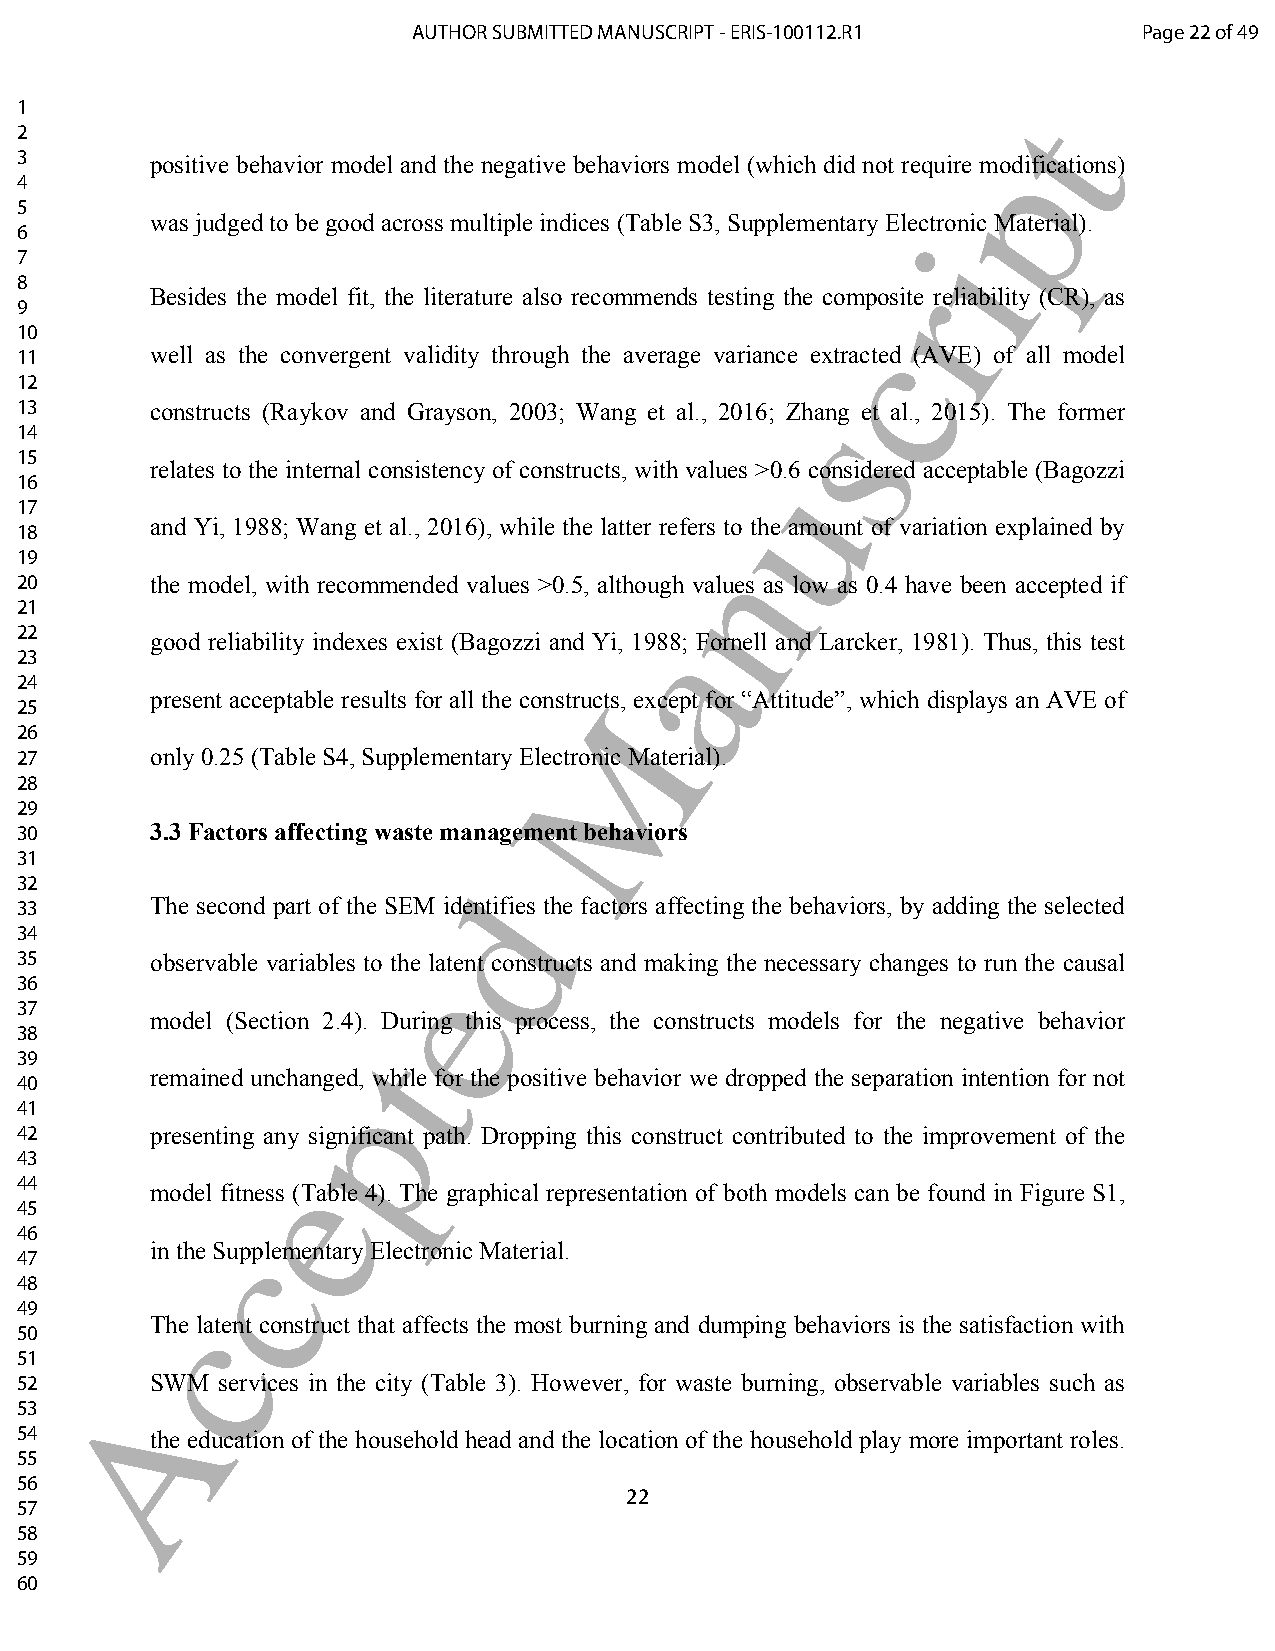
AUTHOR SUBMITTED MANUSCRIPT - ERIS-100112.R1     Page 22 of 49
 1                                                                 t
 2
 p
 3        positive behavior model and the negative behaviors model (which did not require modifications)
 4
 5
 was judged to be good across multiple indices (Table S3, Supplementary Electronic Material).
 6                                                           i
 7
 r
 8
 Besides the model fit, the literature also recommends testing the composite reliability (CR), as
 9
 10                                                     c
 11       well as the convergent validity through the average variance extracted (AVE) of all model
 12
 s
 13       constructs (Raykov and Grayson, 2003; Wang et al., 2016; Zhang et al., 2015). The former
 14
 15
 relates to the internal consistency of constructs, with values u>0.6 considered acceptable (Bagozzi
 16
 17
 and Yi, 1988; Wang et al., 2016), while the latter refers to the amount of variation explained by
 18
 n
 19
 20       the model, with recommended values >0.5, although values as low as 0.4 have been accepted if
 21
 a
 22
 good reliability indexes exist (Bagozzi and Yi, 1988; Fornell and Larcker, 1981). Thus, this test
 23
 24
 present acceptable results for all the construMcts, except for “Attitude”, which displays an AVE of
 25
 26
 27       only 0.25 (Table S4, Supplementary Electronic Material).
 28
 29
 30       3.3 Factors affecting waste management behaviors
 31
 32                           d
 33       The second part of the SEM identifies the factors affecting the behaviors, by adding the selected
 34
 35       observable variables to thee latent constructs and making the necessary changes to run the causal
 36
 37
 model (Section 2.4). During this process, the constructs models for the negative behavior
 38                    t
 39
 40
 remained unchanpged, while for the positive behavior we dropped the separation intention for not
 41
 42       presenting any significant path. Dropping this construct contributed to the improvement of the
 43               e
 44
 model fitness (Table 4). The graphical representation of both models can be found in Figure S1,
 45
 46           c
 in the Supplementary Electronic Material.
 47
 48
 49        c
 The latent construct that affects the most burning and dumping behaviors is the satisfaction with
 50
 51
 52     ASWM  services in the city (Table 3). However, for waste burning, observable variables such as
 53
 54       the education of the household head and the location of the household play more important roles.
 55
 56
 22
 57
 58
 59
 60